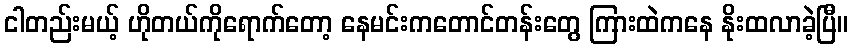
ငါတည်းမယ့် ဟိုတယ်ကိုရောက်တော့ နေမင်းကတောင်တန်းတွေ ကြားထဲကနေ နိုးထလာခဲ့ပြီ။